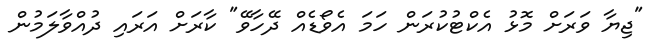
"ޖިޔާ ވަރަށް މޮޅު އެކްޓުކުރަން ހަމަ އެވޯޑެއް ދޭހާވޭ" ކާރަށް އަރައި ދުއްވާލަމުން